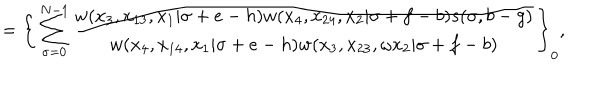
{ } = \Bigg \{ \sum _ { \sigma = 0 } ^ { N - 1 } { \frac { w ( x _ { 3 } , x _ { 1 3 } , x _ { 1 } | \sigma + e - h ) w ( x _ { 4 } , x _ { 2 4 } , x _ { 2 } | \sigma + f - b ) s ( \sigma , b - g ) } { w ( x _ { 4 } , x _ { 1 4 } , x _ { 1 } | \sigma + e - h ) w ( x _ { 3 } , x _ { 2 3 } , \omega x _ { 2 } | \sigma + f - b ) } } \Bigg \} _ { 0 } ,